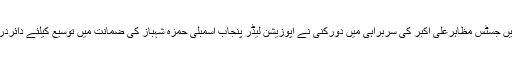
یاد رہے لاہورہائی کورٹ میں جسٹس مظاہرعلی اکبر کی سربراہی میں دورکنی نے اپوزیشن لیڈر پنجاب اسمبلی حمزہ شہباز کی ضمانت میں توسیع کیلئے دائردرخواست پر سماعت کی تھی۔